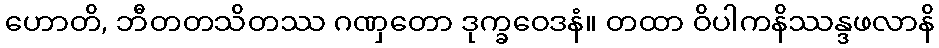
ဟောတိ, ဘီတတသိတဿ ဂဏှတော ဒုက္ခဝေဒနံ။ တထာ ဝိပါကနိဿန္ဒဖလာနိ